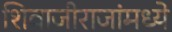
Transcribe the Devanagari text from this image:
शिवाजीराजांमध्ये